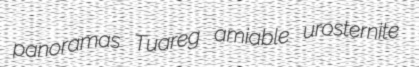
panoramas Tuareg amiable urosternite